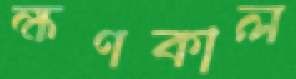
ক্ষণকাল